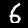
Label: 6